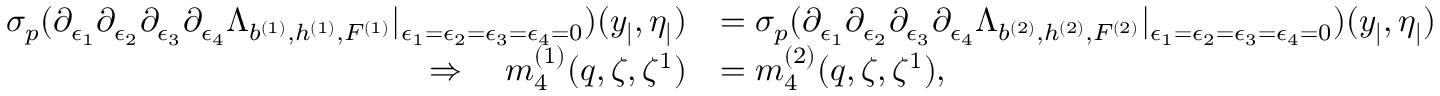
\begin{array} { r l } { { \sigma _ { p } } ( \partial _ { \epsilon _ { 1 } } \partial _ { \epsilon _ { 2 } } \partial _ { \epsilon _ { 3 } } \partial _ { \epsilon _ { 4 } } \Lambda _ { b ^ { ( 1 ) } , h ^ { ( 1 ) } , F ^ { ( 1 ) } } | _ { \epsilon _ { 1 } = \epsilon _ { 2 } = \epsilon _ { 3 } = \epsilon _ { 4 } = 0 } ) ( y _ { | } , \eta _ { | } ) } & { = { \sigma _ { p } } ( \partial _ { \epsilon _ { 1 } } \partial _ { \epsilon _ { 2 } } \partial _ { \epsilon _ { 3 } } \partial _ { \epsilon _ { 4 } } \Lambda _ { b ^ { ( 2 ) } , h ^ { ( 2 ) } , F ^ { ( 2 ) } } | _ { \epsilon _ { 1 } = \epsilon _ { 2 } = \epsilon _ { 3 } = \epsilon _ { 4 } = 0 } ) ( y _ { | } , \eta _ { | } ) } \\ { \Rightarrow \quad m _ { 4 } ^ { ( 1 ) } ( q , \zeta , \zeta ^ { 1 } ) } & { = m _ { 4 } ^ { ( 2 ) } ( q , \zeta , \zeta ^ { 1 } ) , } \end{array}